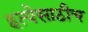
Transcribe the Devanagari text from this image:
हत्येसाठीच